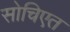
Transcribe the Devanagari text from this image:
सोचिएत